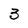
Character: 3